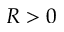
R > 0